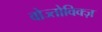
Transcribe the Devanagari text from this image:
वोज्तोविक्ज़